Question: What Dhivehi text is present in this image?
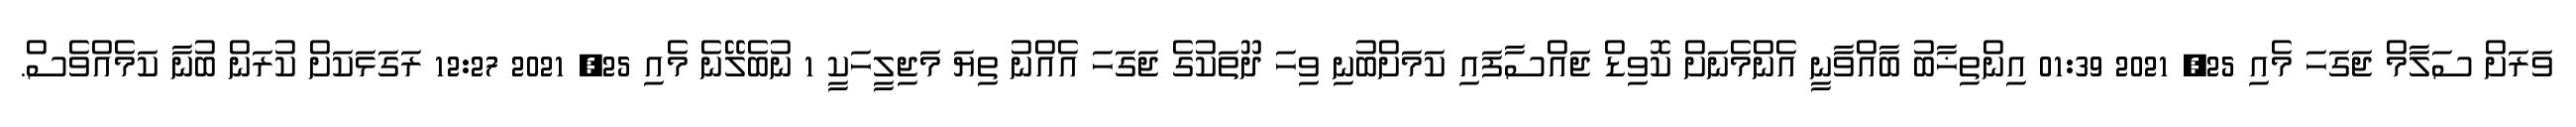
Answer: ވަރަށް ސަލާމް ޖަގަހަ މެއި 25, 2021 01:39 އިންތިޚާބު ބާއްވާނީ އެންމެނަށް ކޮވިޑް ޖައްސާފައި ކަމަށްބުނި ވިހަ ދޫތަކުގެ ޖަގަހަ އެއްނު ތިޔަ މަޖިލީހަކީ 1 ނުބެލޭނެ މެއި 25, 2021 12:27 ރަގަޅަކަށް ކުރަން ބުނާ ކަމެއްވެސް.